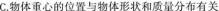
C.物体重心的位置与物体形状和质量分布有关